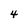
Character: 4